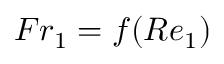
F r _ { 1 } = f ( R e _ { 1 } )